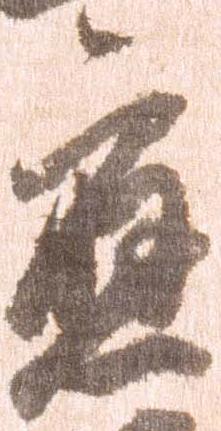
応